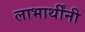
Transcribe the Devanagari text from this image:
लाभार्थींनी